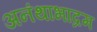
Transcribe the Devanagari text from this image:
अनंथाभाद्रम